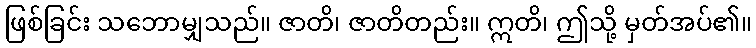
ဖြစ်ခြင်း သဘောမျှသည်။ ဇာတိ၊ ဇာတိတည်း။ ဣတိ၊ ဤသို့ မှတ်အပ်၏။